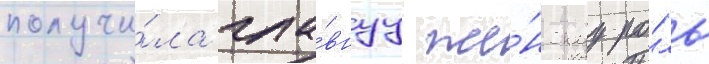
получи́ла гла́внуу же́нскуу ро́ль